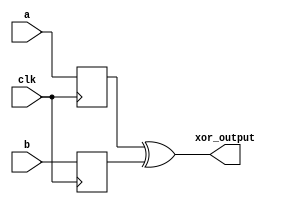
module xor_gate_delay (
    input wire a,
    input wire b,
    input wire clk,
    output reg xor_output
);

reg delayed_a;
reg delayed_b;

always @(posedge clk) begin
    delayed_a <= a;
    delayed_b <= b;
end

always @(*) begin
    xor_output = delayed_a ^ delayed_b;
end

endmodule